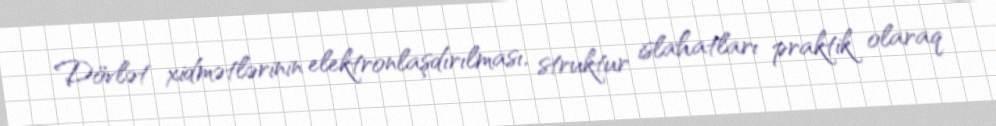
Dövlət xidmətlərinin elektronlaşdırılması, struktur islahatları praktik olaraq